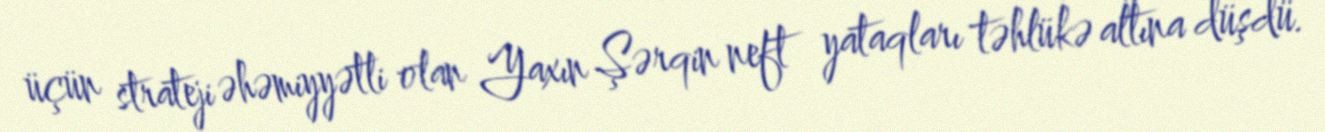
üçün strateji əhəmiyyətli olan Yaxın Şərqin neft yataqları təhlükə altına düşdü.